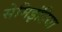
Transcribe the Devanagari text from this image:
सेमिइंडिया